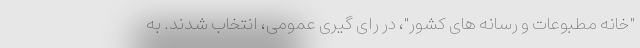
"خانه مطبوعات و رسانه های کشور"، در رای گیری عمومی، انتخاب شدند. به